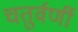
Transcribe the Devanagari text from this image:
चतुर्वर्णी